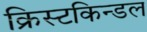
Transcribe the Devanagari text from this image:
क्रिस्टकिन्डल